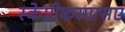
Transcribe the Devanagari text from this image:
स्केप्टीकसएसए